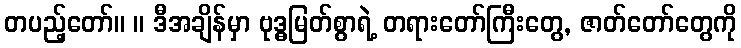
တပည့်တော်။ ။ ဒီအချိန်မှာ ဗုဒ္ဓမြတ်စွာရဲ့ တရားတော်ကြီးတွေ, ဇာတ်တော်တွေကို